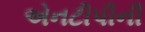
એનટીપીની